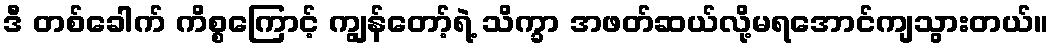
ဒီ တစ်ခေါက် ကိစ္စကြောင့် ကျွန်တော့်ရဲ့ သိက္ခာ အဖတ်ဆယ်လို့မရအောင်ကျသွားတယ်။